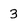
Character: 3